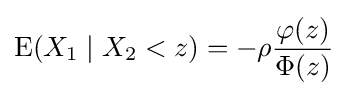
\operatorname {E} (X_{1}\mid X_{2}<z)=-\rho {\varphi (z) \over \Phi (z)}